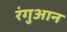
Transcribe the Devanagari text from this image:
रंगुआन